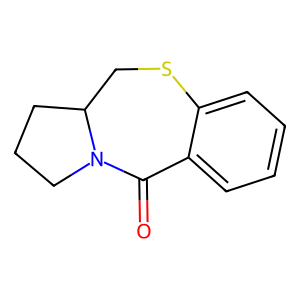
SMILES: O=C1c2ccccc2SCC2CCCN12
Inhibits HIV replication: No